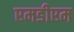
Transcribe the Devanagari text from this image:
एमडीएम